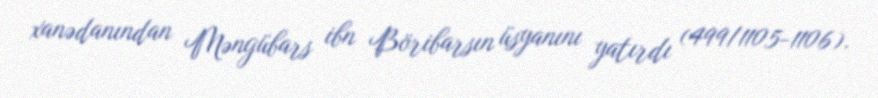
xanədanından Məngübars ibn Böribarsın üsyanını yatırdı (499/1105-1106).